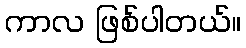
ကာလ ဖြစ်ပါတယ်။